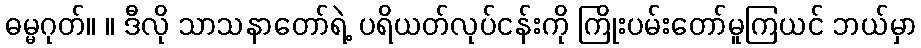
ဓမ္မဂုတ်။ ။ ဒီလို သာသနာတော်ရဲ့ ပရိယတ်လုပ်ငန်းကို ကြိုးပမ်းတော်မူကြယင် ဘယ်မှာ